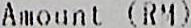
AMOUNT (RM)